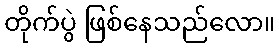
တိုက်ပွဲ ဖြစ်နေသည်လော။